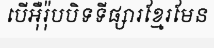
បើអ៊ឺរ៉ុបបិទទីផ្សារខ្មែរមែន